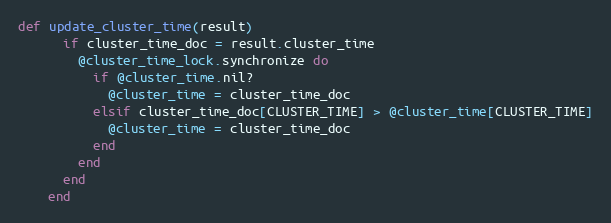
Language: Ruby
def update_cluster_time(result)
      if cluster_time_doc = result.cluster_time
        @cluster_time_lock.synchronize do
          if @cluster_time.nil?
            @cluster_time = cluster_time_doc
          elsif cluster_time_doc[CLUSTER_TIME] > @cluster_time[CLUSTER_TIME]
            @cluster_time = cluster_time_doc
          end
        end
      end
    end